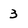
Character: 3